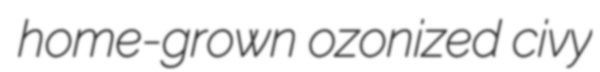
home-grown ozonized civy